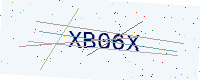
Text: XB06X